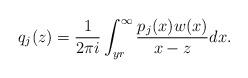
LaTeX: \begin{align*}q_j(z) = \frac{1}{2\pi i} \int^{\infty}_{yr} \frac{p_j(x) w(x)}{x-z} dx.\end{align*}